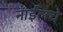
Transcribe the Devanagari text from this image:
नाईलचे